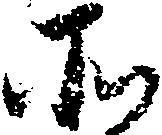
そ